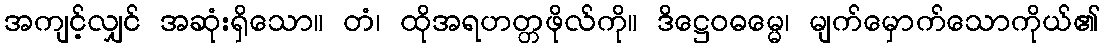
အကျင့်လျှင် အဆုံးရှိသော။ တံ၊ ထိုအရဟတ္တဖိုလ်ကို။ ဒိဋ္ဌေဝဓမ္မေ၊ မျက်မှောက်သောကိုယ်၏